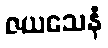
ဇယသေနံ